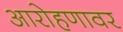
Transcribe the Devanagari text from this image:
आरोहणावर